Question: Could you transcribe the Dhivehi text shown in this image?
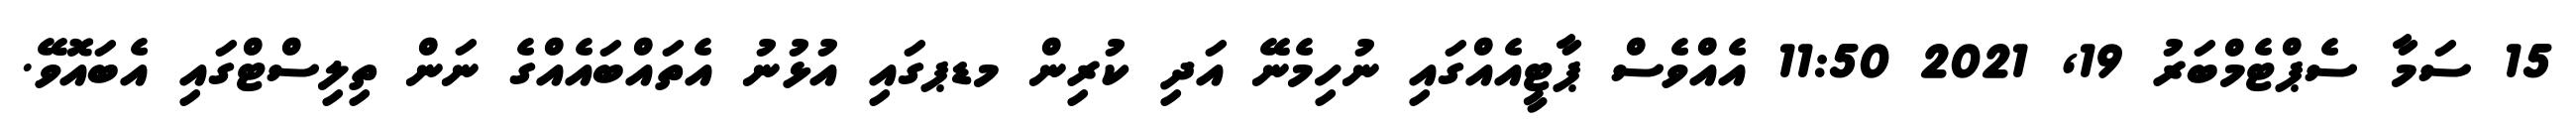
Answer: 15 ސަމާ ސެޕްޓެމްބަރު 19, 2021 11:50 އެއްވެސް ޕާޓީއެއްގައި ނުހިމެނޭ އަދި ކުރިން މޑޕގައި އުޅުނު އެތައްބައެއްގެ ނަން ތިލިސްޓްގައި އެބައޮވޭ.